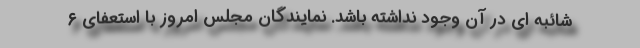
شائبه ای در آن وجود نداشته باشد. نمایندگان مجلس امروز با استعفای ۶